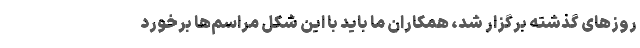
روزهای گذشته برگزار شد، همکاران ما باید با این شکل مراسم‌ها برخورد